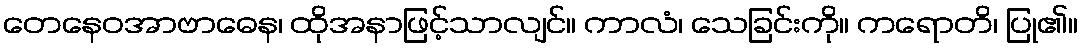
တေနေဝအာဗာဓေန၊ ထိုအနာဖြင့်သာလျင်။ ကာလံ၊ သေခြင်းကို။ ကရောတိ၊ ပြု၏။